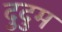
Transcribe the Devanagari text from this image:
दुदुम